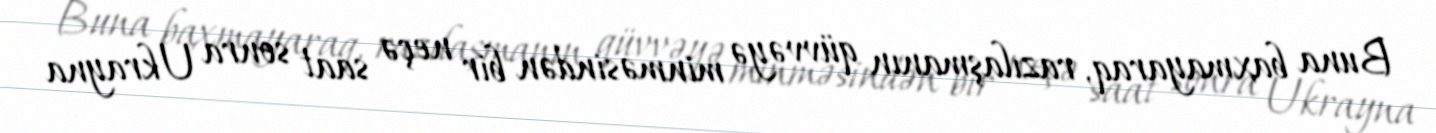
Buna baxmayaraq, razılaşmanın qüvvəyə minməsindən bir neçə saat sonra Ukrayna